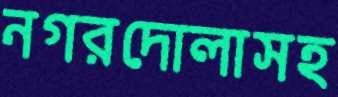
নগরদোলাসহ